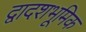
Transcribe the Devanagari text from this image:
द्वादशभूमिक